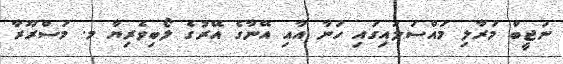
ނަޖީބް މަރާލި މައްސަލައިގައި ހަނާ އާއި އޭނާގެ އޭރުގެ ލޯބިވެރިޔާ މ. މަސްރޫރާ